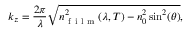
k _ { z } = \frac { 2 \pi } { \lambda } \sqrt { n _ { \mathrm { ~ f ~ i ~ l ~ m ~ } } ^ { 2 } ( \lambda , T ) - n _ { 0 } ^ { 2 } \sin ^ { 2 } ( \theta ) } ,